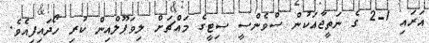
އަރައި 1-2 ގެ ނަތީޖާއަކުން ސްވެންސީ ސިޓީގެ މައްޗަށް ލިވަޕޫލްއިން ކުރި ހޯދައިފިއެވެ.